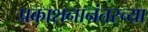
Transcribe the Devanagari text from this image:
प्रकाशनानंतरच्या